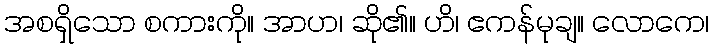
အစရှိသော စကားကို။ အာဟ၊ ဆို၏။ ဟိ၊ ဧကန်မုချ။ လောကေ၊